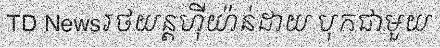
TD Newsរថយន្តហ៊ីយ៉ាន់ដាយ បុកជាមួយ